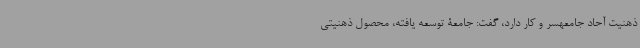
ذهنیت آحاد جامعهسر و کار دارد، گفت: جامعۀ توسعه یافته، محصول ذهنیتی